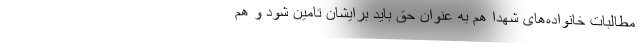
مطالبات خانواده‌های شهدا هم به عنوان حق باید برایشان تامین شود و هم